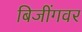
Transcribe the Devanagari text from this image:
बिजींगवर